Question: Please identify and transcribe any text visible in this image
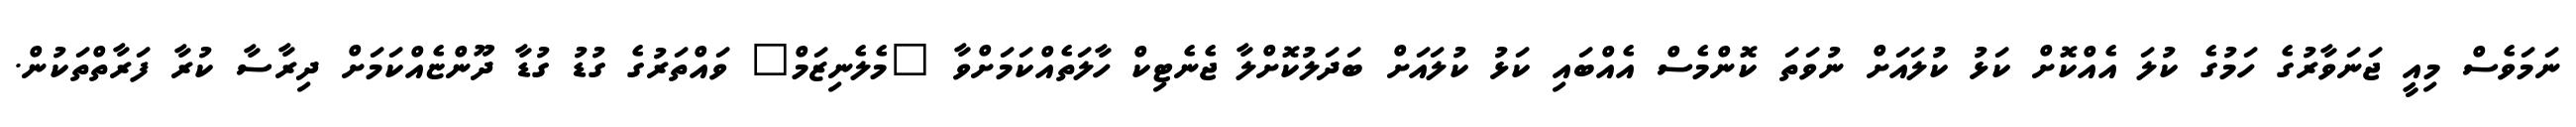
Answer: ނަމަވެސް މިއީ ޖަނަވާރުގެ ހަމުގެ ކުލަ އެއްކޮށް ކަޅު ކުލައަށް ނުވަތަ ކޮންމެސް އެއްބައި ކަޅު ކުލައަށް ބަދަލުކޮށްލާ ޖެނެޓިކް ހާލަތެއްކަމަށްވާ "މެލެނިޒަމް" ވައްތަރުގެ ގުޑު ގުޑާ ދޫންޏެއްކަމަށް ދިރާސާ ކުރާ ފަރާތްތަކުން.